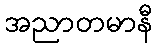
အညာတမာနီ